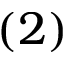
( 2 )